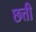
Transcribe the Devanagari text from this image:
छत्ती